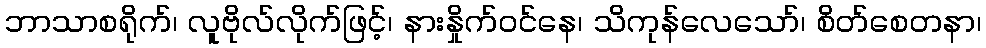
ဘာသာစရိုက်၊ လူဗိုလ်လိုက်ဖြင့်၊ နားနှိုက်ဝင်နေ၊ သိကုန်လေသော်၊ စိတ်စေတနာ၊